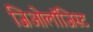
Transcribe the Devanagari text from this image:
जिओलॉजिस्ट